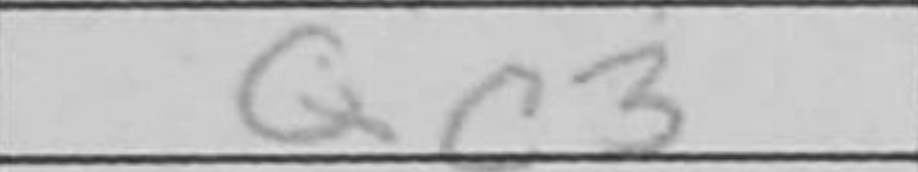
Transcription: Qc3